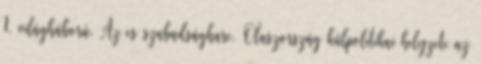
1. világháború. Az es szabadságharc. Olaszország külpolitikai helyzete az